Report on sanitation, dispensaries, and jails in Rajputana for 1914, and on vaccination for the year 1914-1915 - 1914-1915
Year: 1914
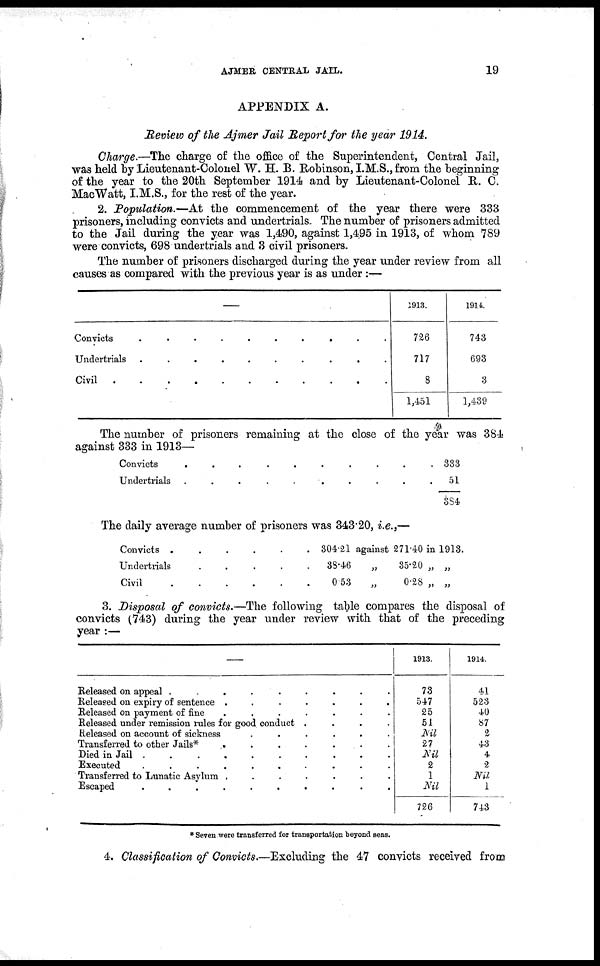
AJMER CENTRAL JAIL.
19
APPENDIX A.
Review of the Ajmer Jail Report for the year 1914.
Charge.—The charge of the office of the Superintendent, Central Jail,
was held by Lieutenant-Colonel W. H. B. Robinson, I.M.S., from the beginning
of the year to the 20th September 1914 and by Lieutenant-Colonel R. C.
MacWatt, I.M.S., for the rest of the year.
2. Population.—At the commencement of the year there were 333
prisoners, including convicts and undertrials. The number of prisoners admitted
to the Jail during the year was 1,490, against 1,495 in 1913, of whom 789
were convicts, 698 undertrials and 3 civil prisoners.
The number of prisoners discharged during the year under review from all
causes as compared with the previous year is as under :—
—
Convicts
.
.
.
.
.
.
.
.
.
.
Undertrials . . . . . . . . . .
Civil . . . . . . . . . .
1913.
726
717
8
1,451
1914.
743
693
3
1,439
The number of prisoners remaining at the close of the year was 384
against 333 in 1913—
Convicts
.
.
.
.
.
.
.
.
.
.
Undertrials . . . . . . . . . .
333
51
884
The daily average number of prisoners was 34320, i.e.,—
Convicts .
.
.
.
.
.
Undertrials
.
.
.
.
.
Civil
.
.
.
.
.
.
304.21 against 271. 40 in 1913.
38.46
„
35.20 „ „
0.53
„
0.28 „ „
3. Disposal of convicts.—The following talble compares the disposal of
convicts (743) during the year under review with that of the preceding
year :—
Released on appeal .
.
.
.
.
.
.
.
.
Released on expiry of sentence .
.
.
.
.
.
.
Released on payment of fine .
.
.
.
.
.
.
Released under remission rules for good conduct .
.
.
.
Released on account of sickness
.
.
.
.
.
.
Transferred to other Jails*
.
.
.
.
.
.
.
Died in Jail .
.
.
.
.
.
.
.
.
.
Executed
.
.
.
.
.
.
.
.
.
.
Transferred to Lunatic Asylum .
.
.
.
.
.
.
Escaped
.
.
.
.
.
.
.
.
.
1913
73
547
25
51
Nil
27
Nil
2
1
Nil
726
1914
41
523
40
87
2
43
4
2
Nil
1
743
* Seven were transferred (or transportation beyond seas.
4. Classification of Convicts.—Excluding the 47 convicts received from